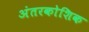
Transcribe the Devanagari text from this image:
अंतरकोशिक